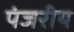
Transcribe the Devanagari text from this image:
पंजरीय